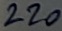
Text: 220